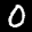
Label: 0